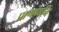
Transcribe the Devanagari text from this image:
प्राणध्वनि